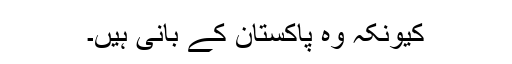
کیونکہ وہ پاکستان کے بانی ہیں۔